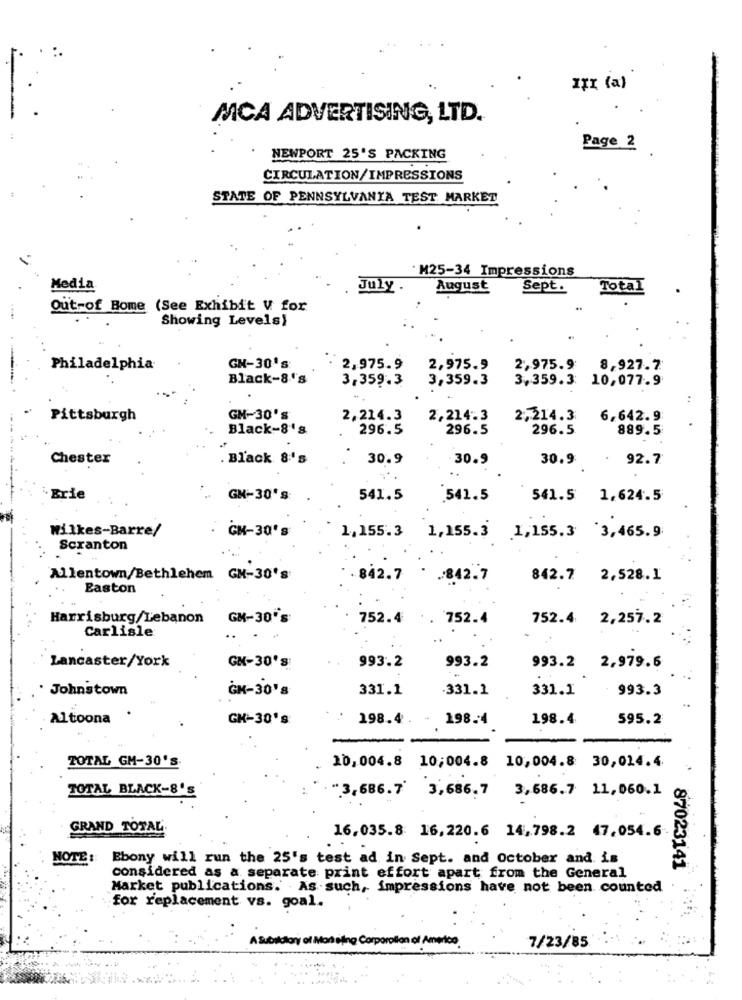
III (a)
MCA ADVERTISING, LTD.
Page 2
NEWPORT 25'S PACKING
CIRCULATION/IMPRESSIONS
STATE OF PENNSYLVANIA TEST MARKET
·M25-34 Impressions
Media
July .
August
Sept.
Total
Out-of Bome (See Exhibit V for
Showing Levels)
Philadelphia
GN-30's:
2,975.9
2,975.9
2,975.9
8,927.7
Black-8''s
3,359.3
3,359.3
3,359.3:
10,077.9
..
Pittsburgh
GM-30's
2,214.3
2,214.3
2,214.3
6,642.9
Black-8's
296.5
296.5
296.5
889.5
Chester
. Black 8's
30.9
30.9
30.9
: 92.7
`Erie
GM-30's
541.5
541.5
541.5 1,624.5
Wilkes-Barre/
: GM-30's
1,155.3
1,155.3
.1,155.3 3,465.9
Scranton
Allentown/Bethlehem GM-30's
842.7
* . 842.7
842.7 2,528.1
Easton
Harrisburg/Lebanon GM-30's
752.4 . 752.4
752.4 2,257.2
Carlisle
Lancaster/York
993.2 2,979.6
GN-30'S
993.2
993.2
. Johnstown
ĞM-30's
331.1
.331.1
331.1
993.3
Altoona
GH-30's
198.4. - 198.4
198.4
595.2
-
TOTAL GM-30's
10,004.8 10,004.8 10,004.8 30,014.4.
TOTAL BLACK-8'S
"3,686.7' 3,686.7 3,686.7 11,060.1
GRAND TOTAL.
16,035.8 16,220.6 14,798.2 47,054.6
NOTE :
Ebony will run the 25's test ad in Sept. and October and is
87023141
considered as a separate print effort apart from the General
Market publications. . As such, impressions have not been counted
for replacement vs. goal.
A Subsidiary of Man sino Corporation of America
7/23/85